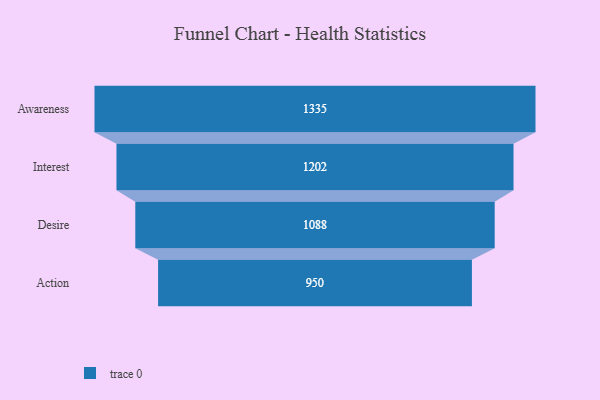
{"axis": {"x": "Stage", "y": "Value"}, "legend": [""], "data": [{"x": "Awareness", "y": 1335.0, "type": ""}, {"x": "Interest", "y": 1202.0, "type": ""}, {"x": "Desire", "y": 1088.0, "type": ""}, {"x": "Action", "y": 950.0, "type": ""}]}